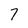
Character: 7